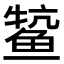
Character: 𫚟